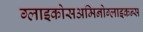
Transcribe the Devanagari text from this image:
ग्लाइकोसअमिनोग्लाइकन्स